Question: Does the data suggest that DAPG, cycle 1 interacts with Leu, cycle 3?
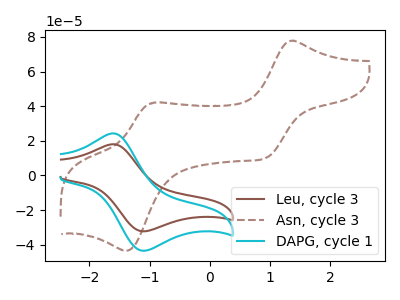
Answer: <think>The brown curve "Leu, cycle 3" has an anodic peak at (-1.60V, 18.00uA) and a cathodic peak at (-1.05V, -32.25uA). The brown dashed curve "Asn, cycle 3" has anodic peaks at (1.35V, 77.80uA) (-0.95V, 42.05uA) and cathodic peaks at (0.95V, 10.15uA) (-1.40V, -43.45uA). The cyan curve "DAPG, cycle 1" has an anodic peak at (-1.60V, 24.30uA) and a cathodic peak at (-1.05V, -43.45uA).
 All the peaks in "DAPG, cycle 1" have a peak in "Leu, cycle 3" at the same potential. Every peak in "DAPG, cycle 1" is higher than every peak in "Leu, cycle 3".</think>
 <answer>No, "DAPG, cycle 1" and "Leu, cycle 3" don't appear to be significantly different in shape</answer>
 <eval>no_change</eval>